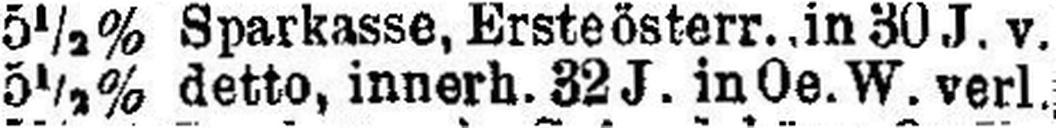
5½% detto, innerh. 32 J. in Oe. W. verl.